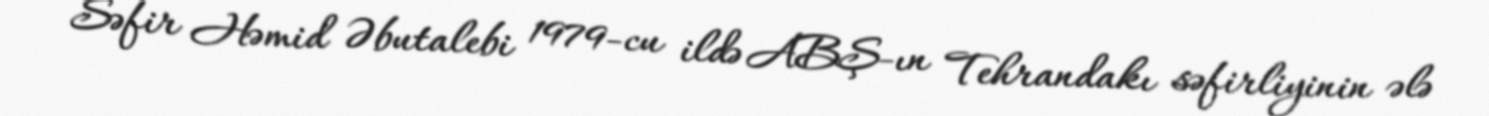
Səfir Həmid Əbutalebi 1979-cu ildə ABŞ-ın Tehrandakı səfirliyinin ələ